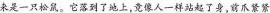
来是一只松鼠。它落到了地上,竟像人一样站起了身,前爪紧紧